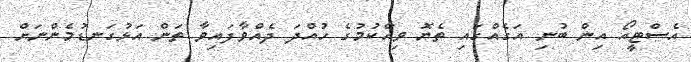
އެސްޓީއޯ އިން ބުނި އަގެއްގައި ތެޔޮ ވިއްކުމުގެ ހުއްދަ ދެއްވާފައިވާ ތަން އަޅުގަނޑުމެންނަށް